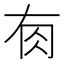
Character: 𰭿